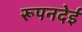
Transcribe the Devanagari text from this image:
रूपनदेई